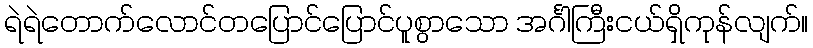
ရဲရဲတောက်လောင်တပြောင်ပြောင်ပူစွာသော အင်္ဂါကြီးငယ်ရှိကုန်လျက်။